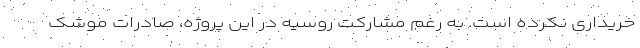
خریداری نکرده است. به رغم مشارکت روسیه در این پروژه، صادرات موشک